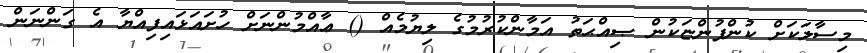
މިސާލަކަށް ކުންފުންޏަކުން ޞިއްޙަތު އަމާންކުރުމުގެ ލިޔުމެއް () ޢާއްމުންނަށް ހުށައަޅައިފިއްޔާ އެ ގަންނަން